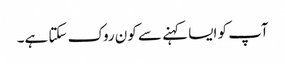
آپ کو ایسا کہنے سے کون روک سکتا ہے۔